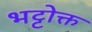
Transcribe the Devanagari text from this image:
भट्टोक्त